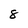
Character: 8